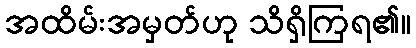
အထိမ်းအမှတ်ဟု သိရှိကြရ၏။